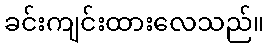
ခင်းကျင်းထားလေသည်။